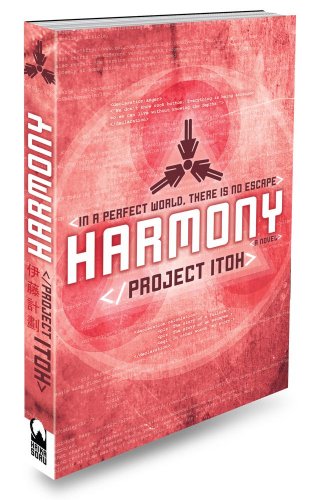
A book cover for Harmony; Project Itoh; Literature & Fiction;